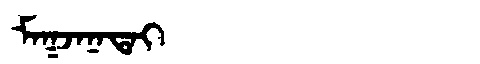
Manchu: ᠮᠠᡴᠵᠠᠨᠠᡨᠠᡳ
Romanization: MAKJANATAI